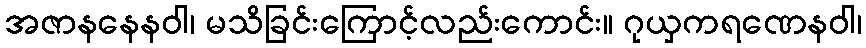
အဇာနနေနဝါ၊ မသိခြင်းကြောင့်လည်းကောင်း။ ဂုယှကရဏေနဝါ၊